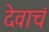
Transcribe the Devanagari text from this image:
देवाचं